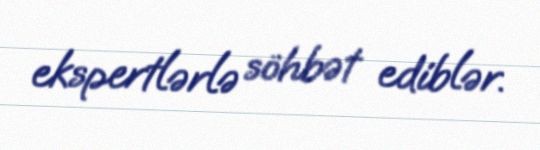
ekspertlərlə söhbət ediblər.